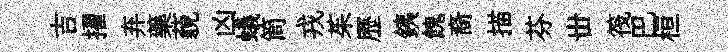
吉擢弃藥藐凶蟻筒戎茱歷銕餽裔描芬丗筏巴桓